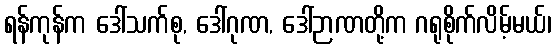
ရန်ကုန်က ဒေါ်သက်စု, ဒေါ်ဂုဏ, ဒေါ်ဉာဏတို့က ဂရုစိုက်လိမ့်မယ်၊